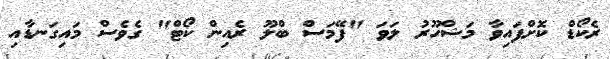
ރެކޯޑް ކޮށްފައިވާ މަޝްހޫރު ލަވަ "ފޭމަސް ބްލޫ ރެއިން ކޯޓް" ގެވެސް މައިގަނޑާއި